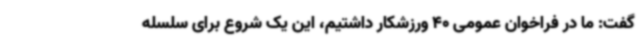
گفت: ما در فراخوان عمومی 40 ورزشکار داشتیم، این یک شروع برای سلسله